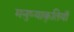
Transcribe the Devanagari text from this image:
मनुष्याकृतियाँ